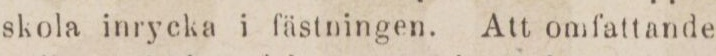
skola inrycka i fästningen. Att omfattande